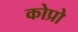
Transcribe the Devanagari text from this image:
कोप्रो